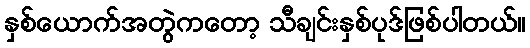
နှစ်ယောက်အတွဲကတော့ သီချင်းနှစ်ပုဒ်ဖြစ်ပါတယ်။